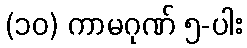
(၁၀) ကာမဂုဏ် ၅-ပါး